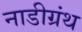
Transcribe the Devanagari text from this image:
नाडीग्रंथ